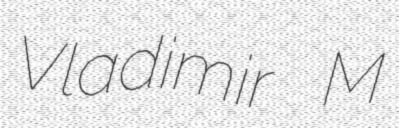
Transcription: Vladimir M